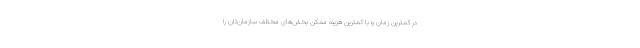
در کمترین زمان و با کمترین هزینه ممکن بخش‌های مختلف سازمان‌تان را